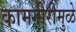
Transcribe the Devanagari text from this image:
कामगीरीमुळे